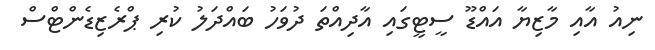
ނިއު އާއި މާޒިޔާ އައްޑޫ ސީޓީގައި އާދިއްތަ ދުވަހު ބައްދަލު ކުރި ޕްރެޒިޑެންޓްސް